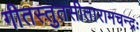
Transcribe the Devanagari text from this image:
गीतस्तुतसीतारामचन्द्रः